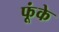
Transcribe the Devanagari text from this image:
फूंके